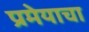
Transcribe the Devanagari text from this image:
प्रमेयाचा